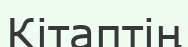
Кітаптің